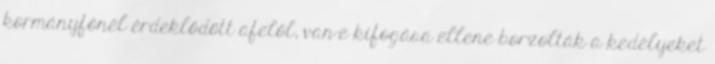
kormányfőnél érdeklődött afelől, van-e kifogása ellene borzolták a kedélyeket